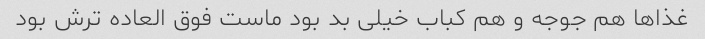
غذا‌ها هم جوجه و هم کباب خیلی بد بود ماست فوق العاده ترش بود